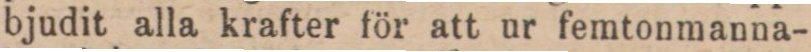
bjudit alla krafter för att ur femtonmanna-